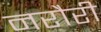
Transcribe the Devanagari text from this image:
नरौरी